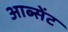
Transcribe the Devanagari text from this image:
आब्सेंट